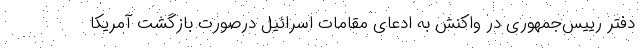
دفتر رییس‌جمهوری در واکنش به ادعای مقامات اسرائیل درصورت بازگشت آمریکا